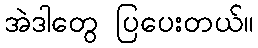
အဲဒါတွေ ပြပေးတယ်။